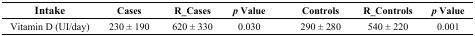
<table><thead><tr><td><b>Intake</b></td><td><b>Cases</b></td><td><b>R_Cases</b></td><td><b><i>p</i> Value</b></td><td></td><td><b>Controls</b></td><td><b>R_Controls</b></td><td><b><i>p</i> Value</b></td></tr></thead><tbody><tr><td>Vitamin D (UI/day)</td><td>230 ± 190</td><td>620 ± 330</td><td>0.030</td><td></td><td>290 ± 280</td><td>540 ± 220</td><td>0.001</td></tr></tbody></table>